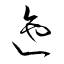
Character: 迆